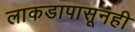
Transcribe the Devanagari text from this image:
लाकडापासूनही